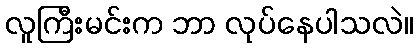
လူကြီးမင်းက ဘာ လုပ်နေပါသလဲ။